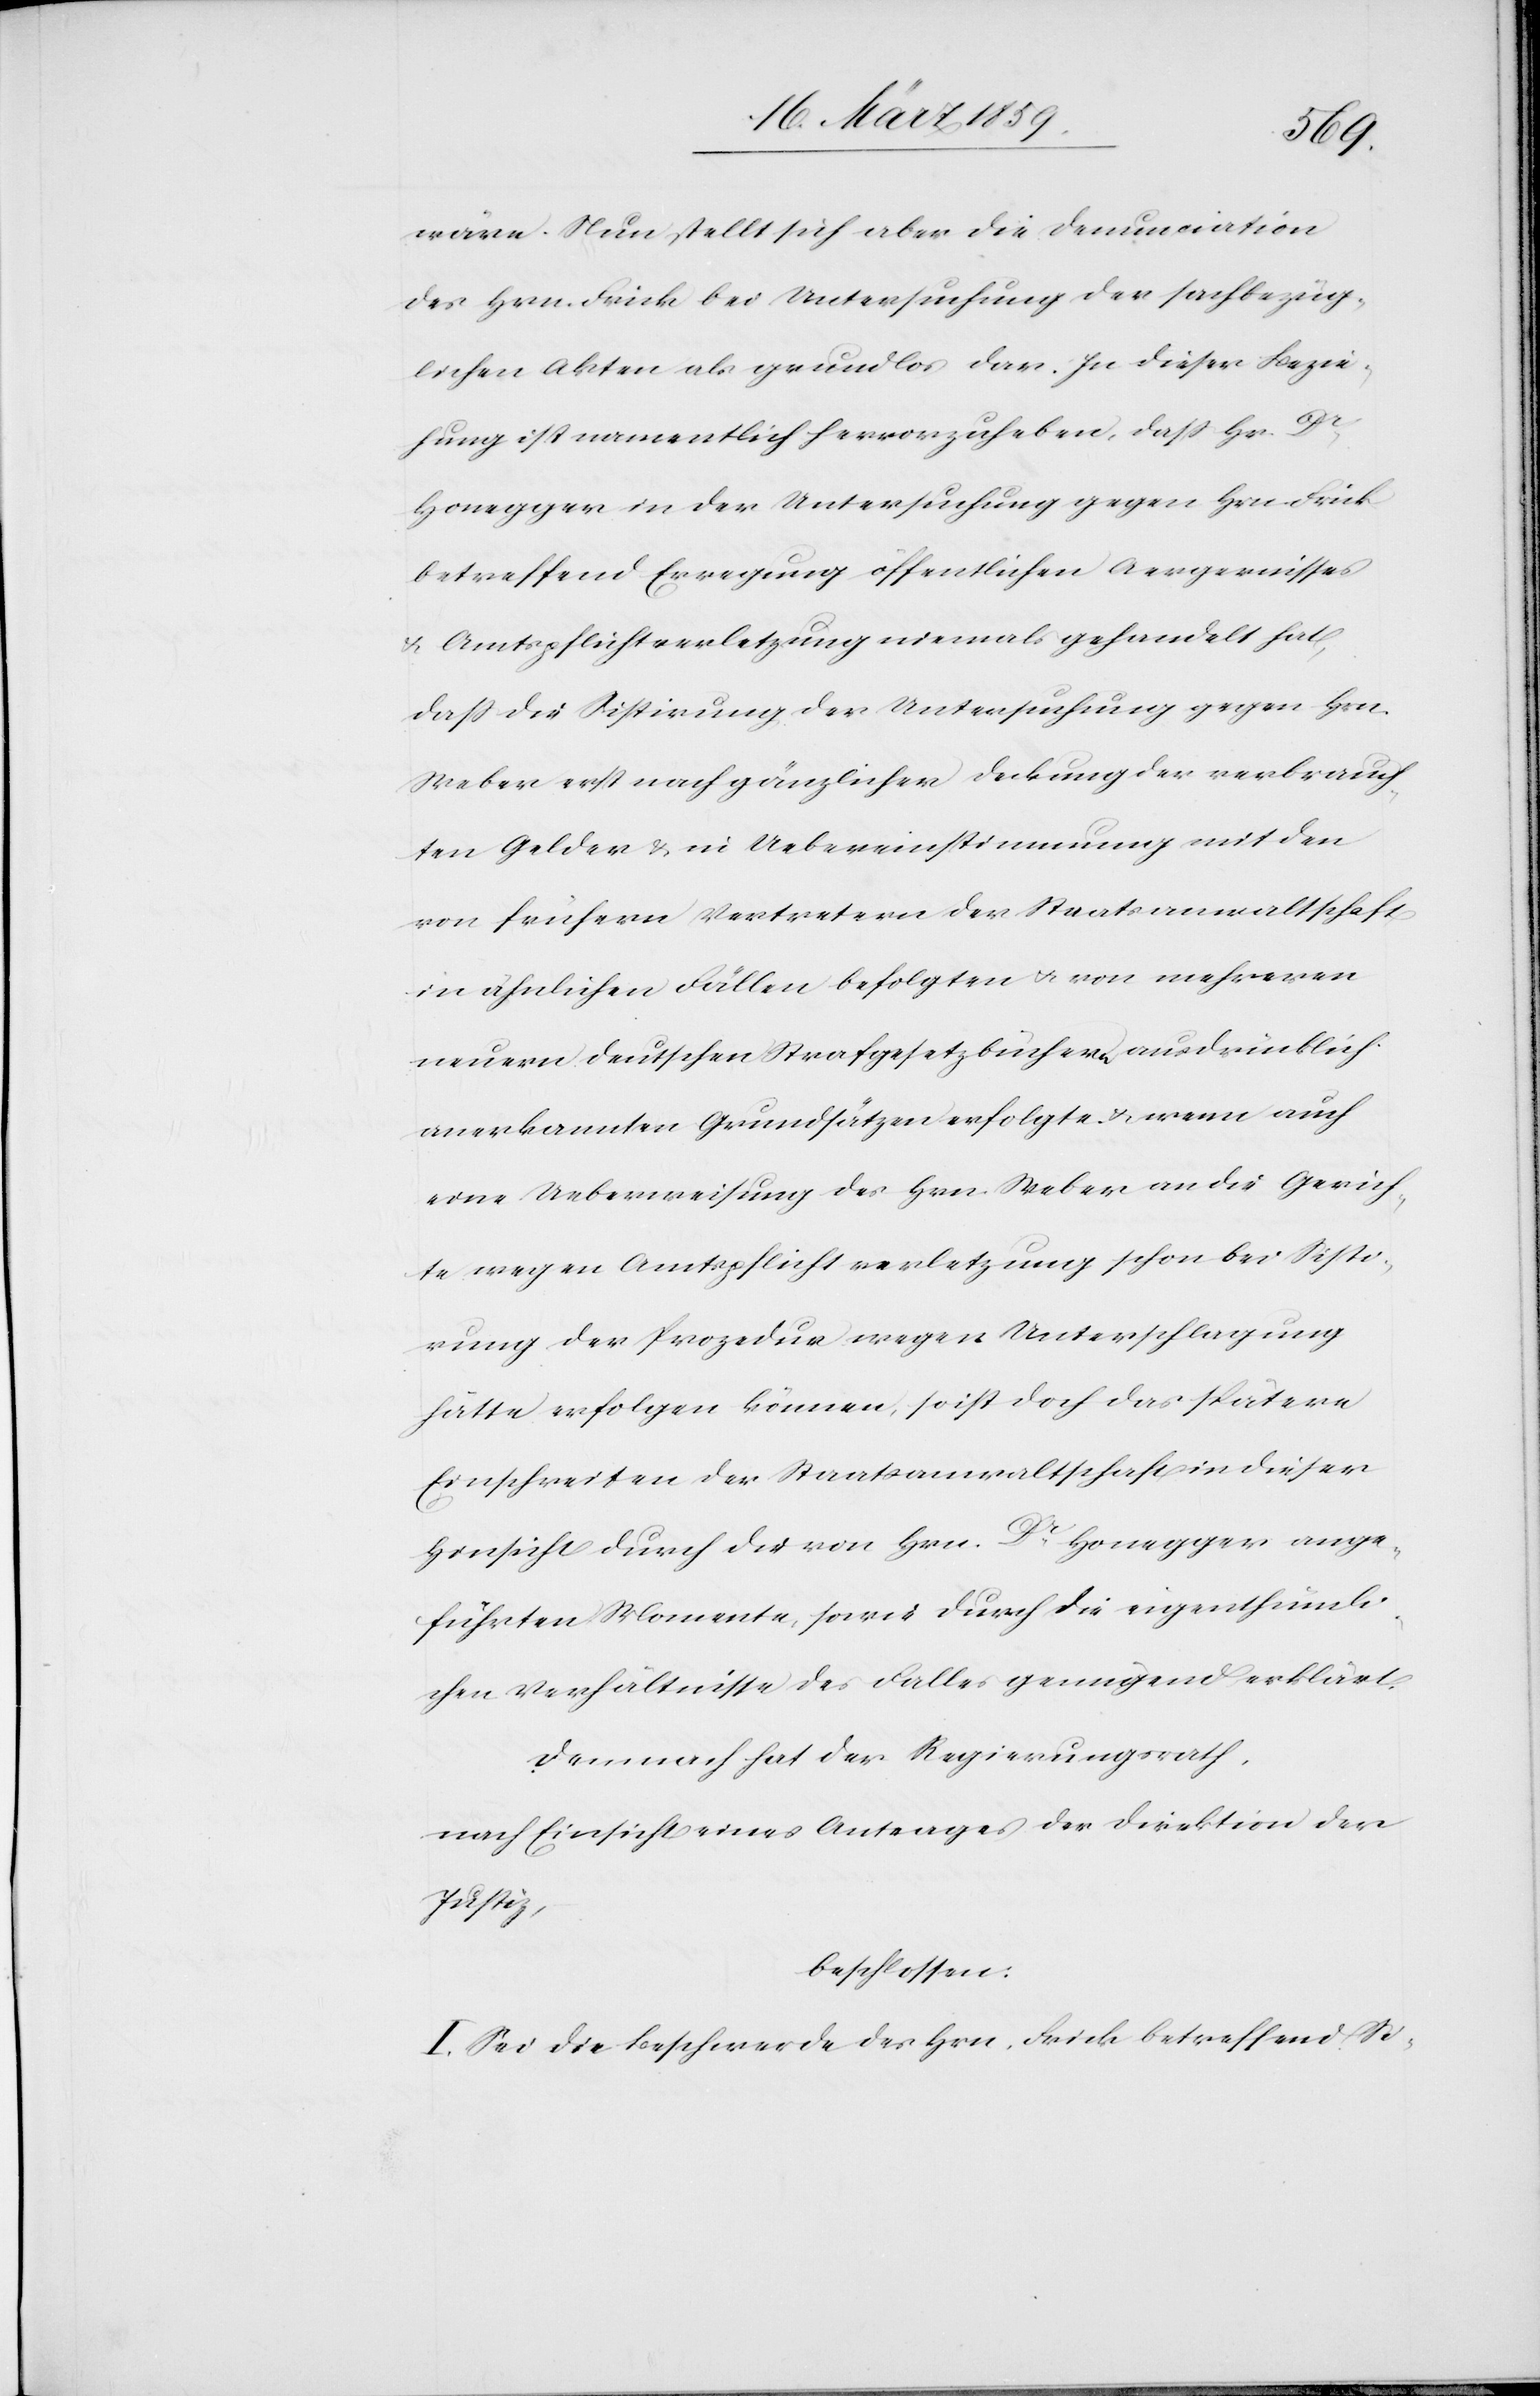
wäre. Nun stellt sich aber die Denunciation
des Hrn. Frick bei Untersuchung der sachbezüg¬
lichen Akten als grundlos dar. In dieser Bezie¬
hung ist namentlich hervorzuheben, daß Hr. Dr.
Honegger in der Untersuchung gegen Hrn Frick
betreffend Erregung öffentlichen Aergernisses
& Amtspflichtverletzung niemals gehandelt hat,
daß die Sistirung der Untersuchung gegen Hrn.
Weber erst nach gänzlicher Deckung der verbrauch¬
ten Gelder & in Uebereinstimmung mit den
von frühern Vertretern der Staatsanwaltschaft
in ähnlichen Fällen befolgten u. von mehreren
neuern deutschen Strafgesetzbüchern ausdrücklich
anerkannten Grundsätzen erfolgte u. wenn auch
eine Ueberweisung des Hrn. Weber an die Gerich¬
te wegen Amtspflichtverletzung schon bei Sisti¬
rung der Prozedur wegen Unterschlagung
hätte erfolgen können, so ist doch das spätere
Einschreiten der Staatsanwaltschaft in dieser
Hinsicht durch die von Hrn. Dr. Honegger ange¬
führten Momente, sowie durch die eigenthümli¬
chen Verhältnisse des Falles genügend erklärt.
Demnach hat der Regierungsrath,
nach Einsicht eines Antrages der Direktion der
Justiz,
beschlossen:
I. Sei die Beschwerde des Hrn. Frick betreffend Si-